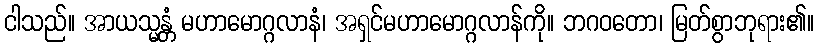
ငါသည်။ အာယသ္မန္တံ မဟာမောဂ္ဂလာနံ၊ အရှင်မဟာမောဂ္ဂလာန်ကို။ ဘဂဝတော၊ မြတ်စွာဘုရား၏။